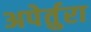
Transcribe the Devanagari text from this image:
अपेर्तुरा